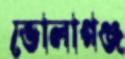
ভোলাগঞ্জ